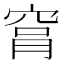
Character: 𥥾